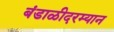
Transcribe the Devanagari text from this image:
बंडाळीदरम्यान